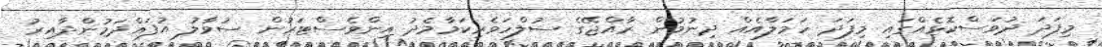
މިފަދަ ދުވަސްކޮޅެއްގައި މިފަދަ ހަމަލާއެއް ދިނުމުން ރާއްޖޭގެ ސުލްހަވެރިކަމާމެދު އިންވެސްޓަރުން ސުވާލު އުފައްދަމުންދާއިރު